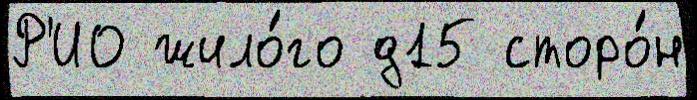
Р'ИО жило́го д15 сторо́н